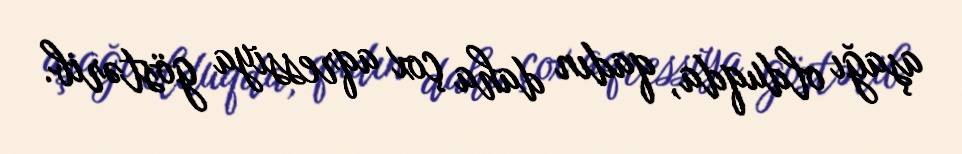
aşağı olduqda, qadın daha çox aqressiya göstərib.